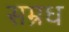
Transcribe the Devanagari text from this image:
सम्रध